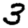
Digit: 3